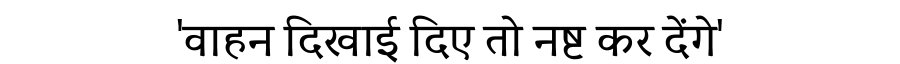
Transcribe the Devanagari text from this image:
'वाहन दिखाई दिए तो नष्ट कर देंगे'